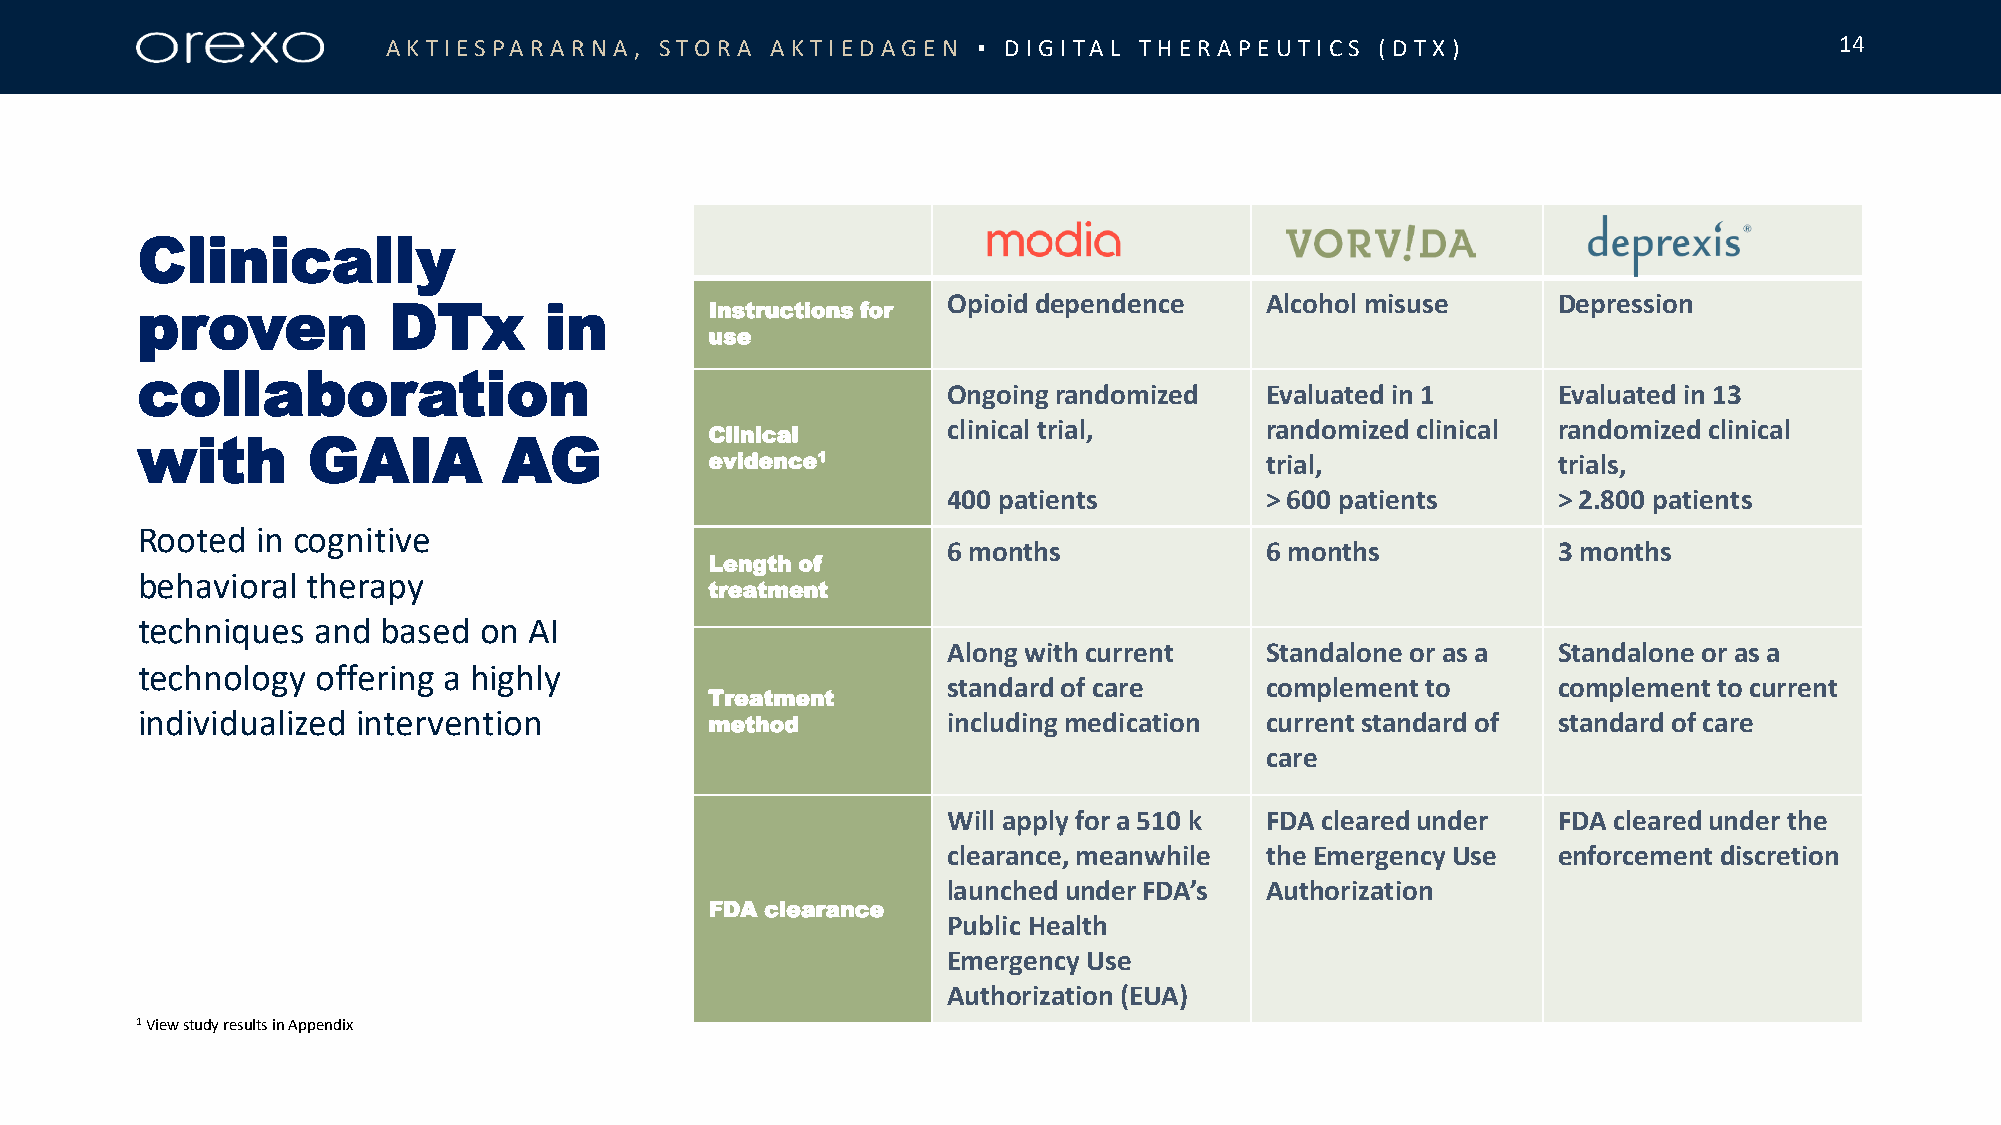
AKT IESPARARN  A , STORA AKT IE DAGE N ▪ D IGITA L T HE RA P E UT ICS (DT X)                    14
 Clinically
 Opioid dependence    Alcohol misuse     Depression
 proven           DTx       in         Instructions for
 use
 collaboration
 Ongoingrandomized    Evaluated in 1     Evaluated in 13
 clinical trial,      randomizedclinical randomized clinical
 Clinical
 with       GAIA         AG
 evidence1                            trial,             trials,
 400 patients         > 600 patients     > 2.800 patients
 Rooted  in cognitive
 6 months             6 months           3 months
 Length of
 behavioral therapy
 treatment
 techniques  and based  on AI
 Alongwith current    Standalone or as a Standalone or as a
 technology  offering a highly
 standard of care     complement to      complement to current
 Treatment
 individualized intervention           method          including medication currentstandard of standard of care
 care
 Will apply for a 510 k FDA clearedunder FDAclearedunder the
 clearance, meanwhile the EmergencyUse   enforcementdiscretion
 launched under FDA’s Authorization
 FDA clearance
 Public Health
 EmergencyUse
 Authorization (EUA)
 1Viewstudy results in Appendix